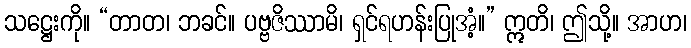
သဋ္ဌေးကို။ “တာတ၊ ဘခင်။ ပဗ္ဗဇိဿာမိ၊ ရှင်ရဟန်းပြုအံ့။” ဣတိ၊ ဤသို့။ အာဟ၊